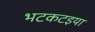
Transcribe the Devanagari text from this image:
भटकटइया